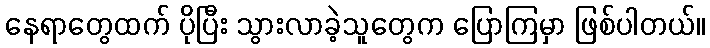
နေရာတွေထက် ပိုပြီး သွားလာခဲ့သူတွေက ပြောကြမှာ ဖြစ်ပါတယ်။